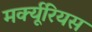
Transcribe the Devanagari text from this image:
मर्क्यूरियस